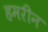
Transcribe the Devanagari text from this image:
हमरीन